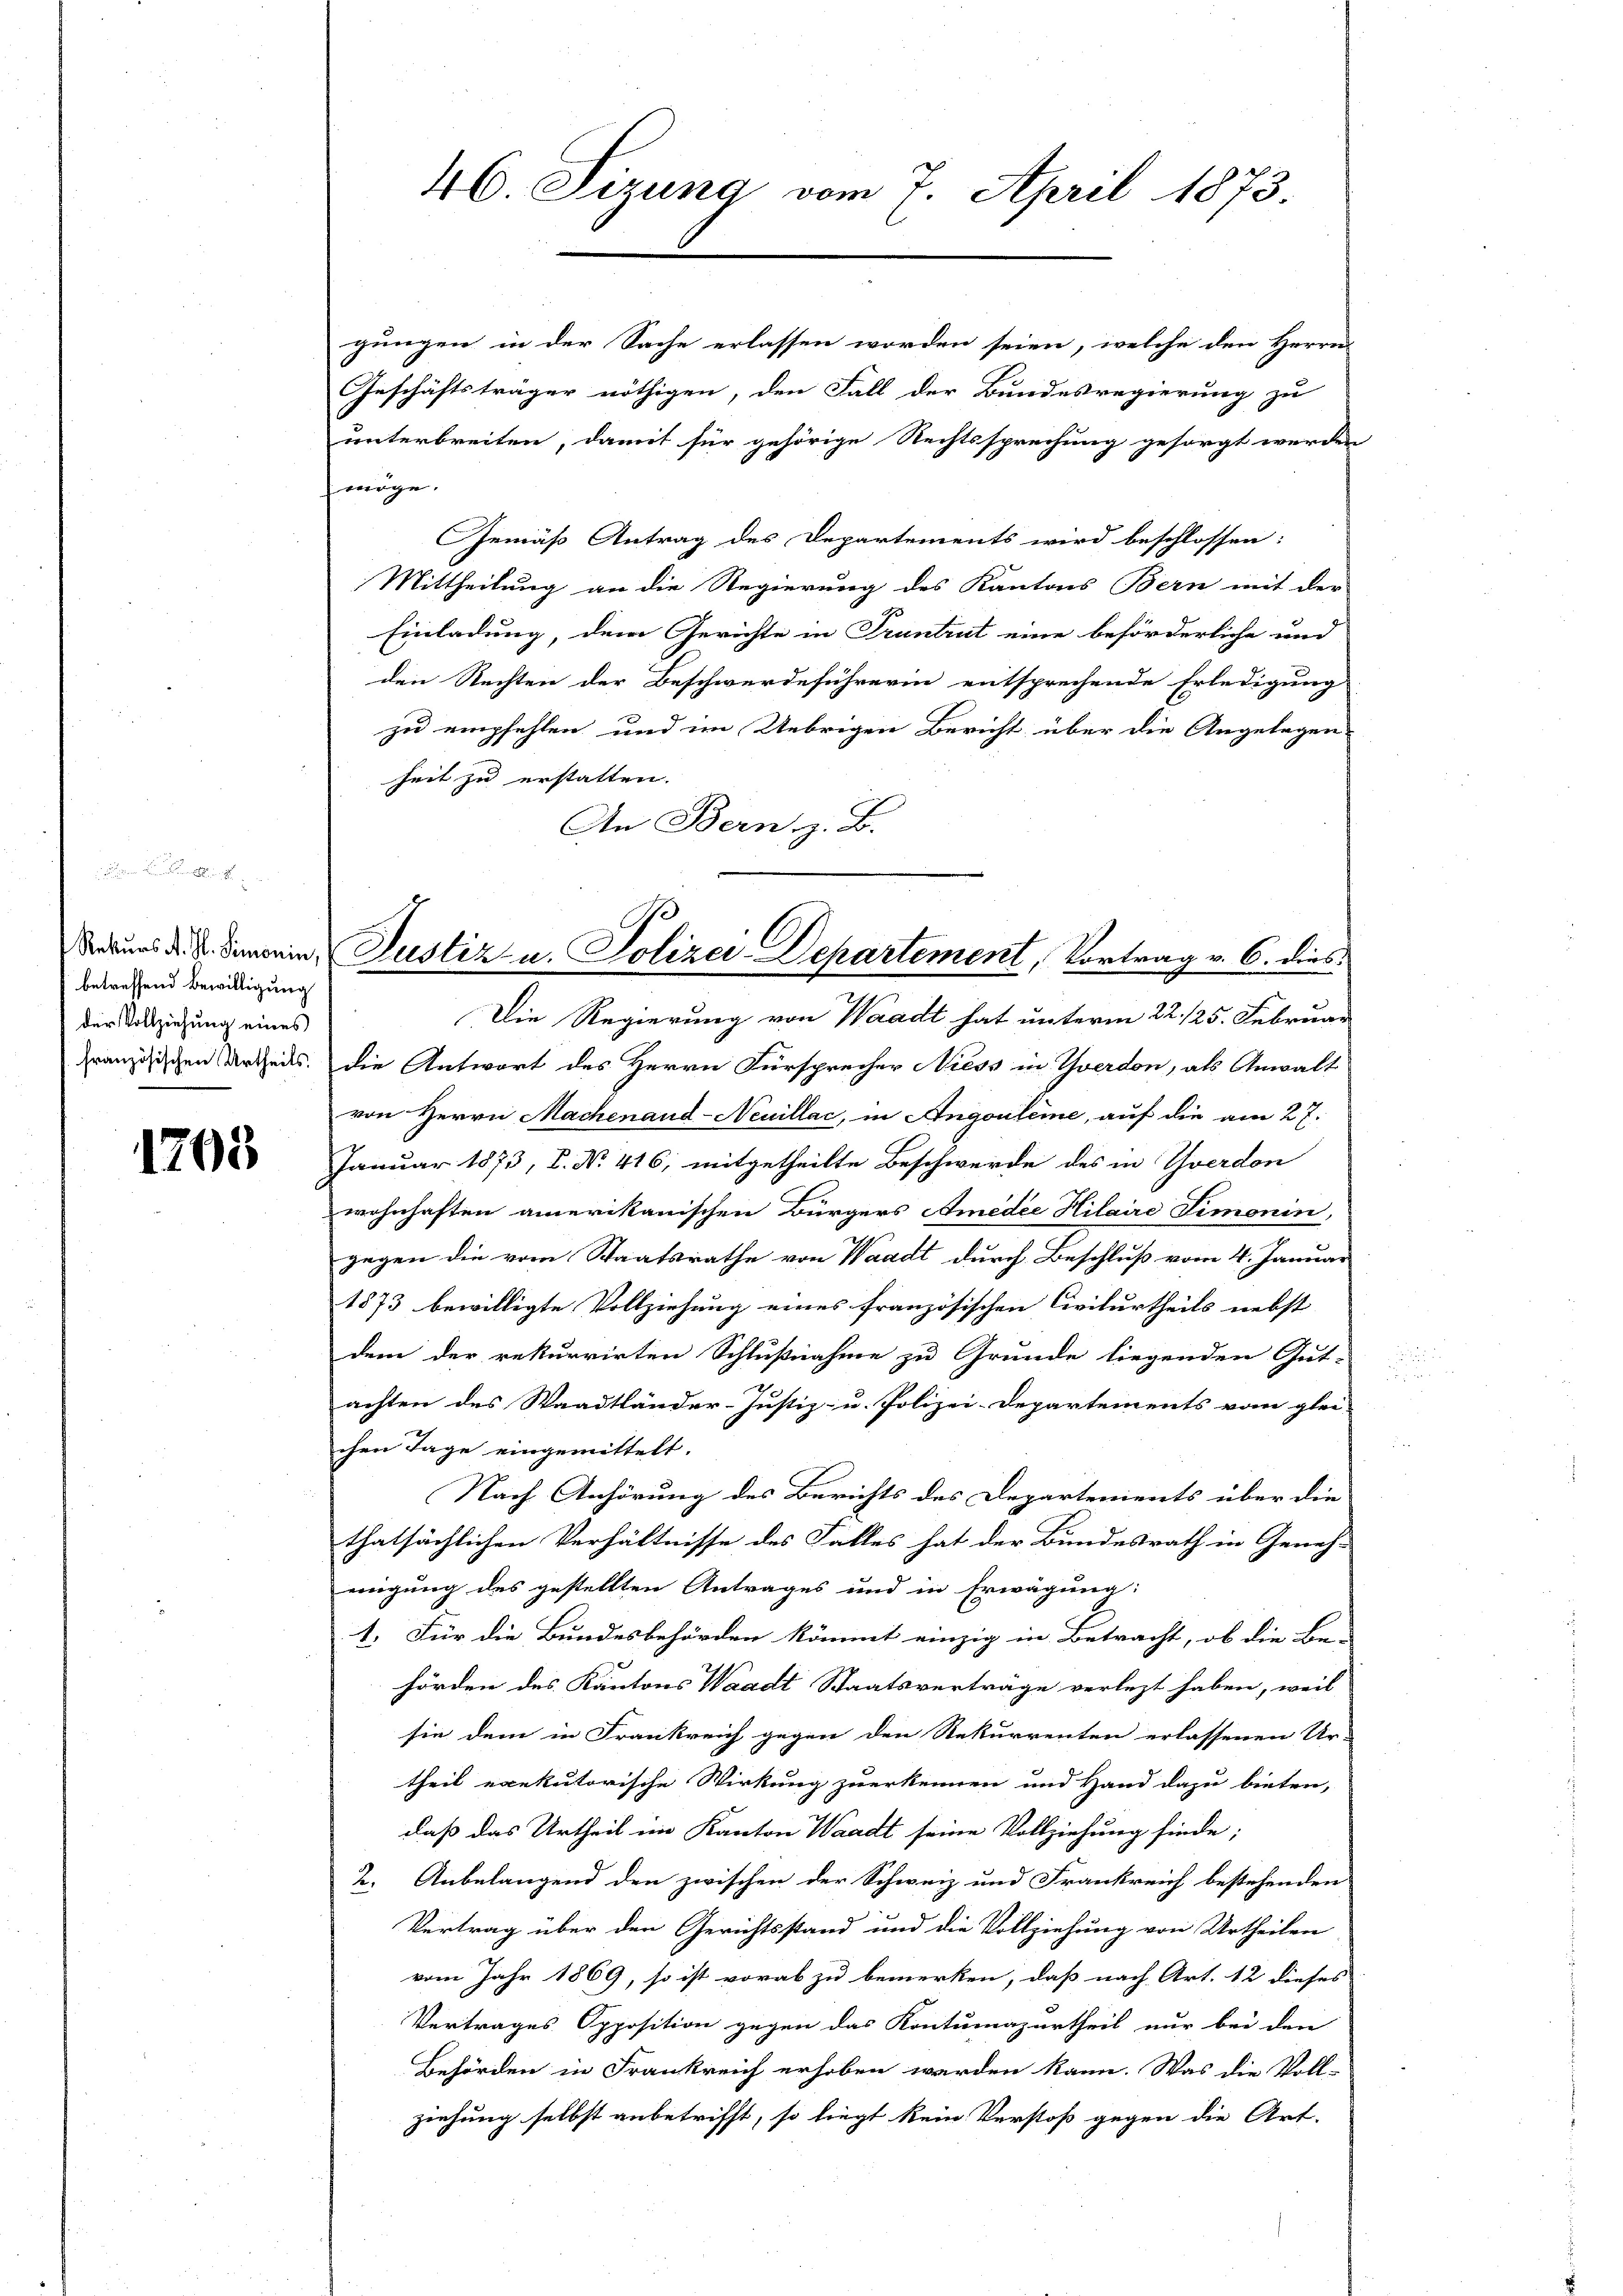
betreffend Bewilligung
der Vollziehung eines

1703

46. Sizung vom 7. April 1873.

gungen in der Sache erlassen worden seien, welche den Herrn
Geschäftsträger nöthigen, den Fall der Bundesregierung zu
unterbreiten, damit für gehörige Rechtssprechung gesorgt werden
möge.
Gemäß Antrag des Departements wird beschlossen:
Mittheilung an die Regierung des Kantons Bern mit der
Einladung, dem Gerichte in Truntrut eine beförderliche und
den Rechten der Beschwerdeführerin entsprechende Erledigung
zu empfehlen und im Uebrigen Bericht über die Angelegen
heit zu erstatten. |
An Bern, z. B.
Die Regierung von Waadt hat unterm 22. 125. Februar
französischen Urtheils die Antwort des Herrn Fürsprecher Niess in Yverdon, als Anwalt
von Herrn Machenaud-Neuillac, in Angouleme, auf die am 27.
Januar 1873, P. Nr. 416, mitgetheilte Beschwerde des in Yverdon
wohnhaften amerikanischen Bürgers Amedie Hilaire Simonin,
gegen die vom Staatsrathe von Waadt durch Beschluß vom 4. Januar
1873 bewilligte Vollziehung eines französischen Civilurtheils nebst
dem der rekurrirten Schlußnahme zu Grunde liegenden Gut-
1
achten des Waadtländer-Justiz- u. Polizei-Departements vom glei-
chen Tage eingemittelt.
Nach Anhörung des Berichts des Departements über die
thatsächlichen Verhältnisse des Falles hat der Bundesrath in Geneh-
migung des gestellten Antrages und in Erwägung:
1. Für die Bundesbehörden kömmt einzig in Betracht, ob die Be-
hörden des Kantons Waadt Staatsverträge verlegt haben, weil
sie dem in Frankreich gegen den Rekurrenten erlassenen Ur-
theil exekutorische Wirkung zuerkennen und Hand dazu bieten,
daß das Urtheil im Kanton Waadt seine Vollziehung finde;
2. Anbelangend den zwischen der Schweiz und Frankreich bestehenden
Vertrag über den Gerichtsstand und die Vollziehung von Urtheilen
vom Jahr 1869, so ist vorab zu bemerken, daß nach Art. 12 dieses
Vertrages Opposition gegen das Kontumazurtheil nur bei den
Behörden in Frankreich erhoben werden kann. Was die Voll-
ziehung selbst anbetrifft, so liegt kein Verstoß gegen die Art.

Rekurs d. d. Simonin, Justiz u. Polizei-Departement, Vortrag v. 6. dies